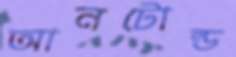
আনটোল্ড